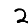
Digit: 2